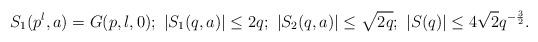
LaTeX: \begin{align*} S_1(p^l,a)=G(p,l,0);\mbox{ } |S_1(q,a)|\leq 2q;\mbox{ }|S_2(q,a)|\leq \sqrt{2q};\mbox{ } |S(q)|\leq 4\sqrt{2}q^{-\frac{3}{2}}.\end{align*}